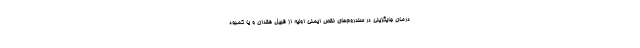
درمان جایگزینی در سندروم‌های نقص ایمنی اولیه از قبیل فقدان و یا کمبود